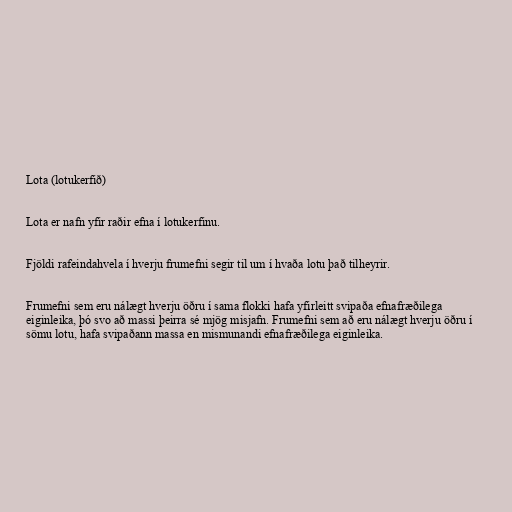
Lota (lotukerfið)

Lota er nafn yfir raðir efna í lotukerfinu.

Fjöldi rafeindahvela í hverju frumefni segir til um í hvaða lotu það tilheyrir.

Frumefni sem eru nálægt hverju öðru í sama flokki hafa yfirleitt svipaða efnafræðilega
eiginleika, þó svo að massi þeirra sé mjög misjafn. Frumefni sem að eru nálægt hverju öðru í
sömu lotu, hafa svipaðann massa en mismunandi efnafræðilega eiginleika.